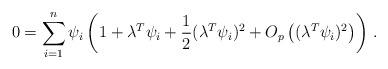
LaTeX: \begin{align*} 0 = \sum_{i=1}^n \psi_i \left( 1 + \lambda^T \psi_i + \frac{1}{2} (\lambda^T \psi_i) ^2 + O_p\left((\lambda^T \psi_i) ^2 \right)\right) \,. \end{align*}